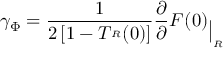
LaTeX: \gamma _ { \Phi } = \frac { 1 } { 2 \left[ 1 - T ^ { \L _ { R } } ( 0 ) \right] } \L \frac { \partial } { \partial \L } { F ^ { \L } ( 0 ) } _ { \big | _ { \L _ { R } } }